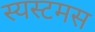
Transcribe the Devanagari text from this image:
स्यस्टमस